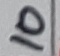
Text: 10